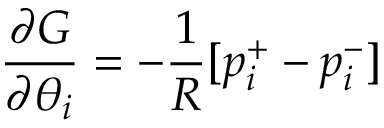
{ \frac { \partial { G } } { \partial { \theta _ { i } } } } = - { \frac { 1 } { R } } [ p _ { i } ^ { + } - p _ { i } ^ { - } ]